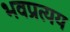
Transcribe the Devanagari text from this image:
भवप्रत्यय